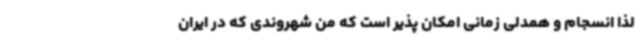
لذا انسجام و همدلی زمانی امکان پذیر است که من شهروندی که در ایران